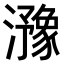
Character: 𤂻